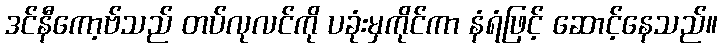
ဒင်နီကော့ဗ်သည် တပ်လုလင်ကို ပခုံးမှကိုင်ကာ နံရံဖြင့် ဆောင့်နေသည်။